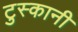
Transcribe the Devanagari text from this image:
टुस्कानी